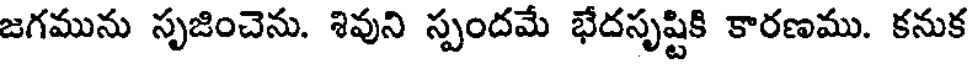
జగమును సృజించెను. శివుని స్పందమే భేదసృష్టికి కారణము. కనుక